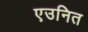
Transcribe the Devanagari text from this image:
एउनित